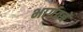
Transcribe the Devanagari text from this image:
भार्गवचे